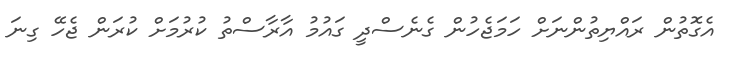
އެގޮތުން ރައްޔިތުންނަށް ހަމަޖެހުން ގެނެސްދީ ގައުމު އާރާސްތު ކުރުމަށް ކުރަން ޖެހޭ ގިނަ